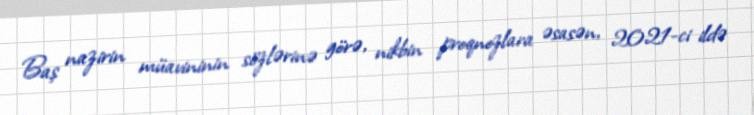
Baş nazirin müavininin sözlərinə görə, nikbin proqnozlara əsasən, 2021-ci ildə